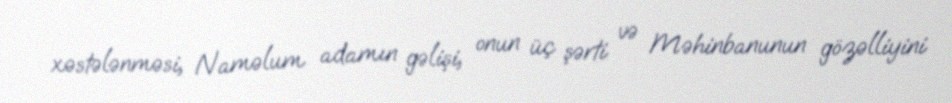
xəstələnməsi, Naməlum adamın gəlişi, onun üç şərti və Məhinbanunun gözəlliyini